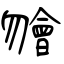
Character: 𣍐